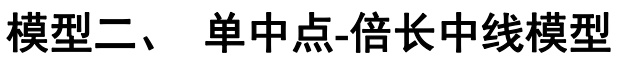
模型二、 单中点-倍长中线模型